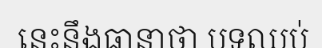
នេះនឹងធានាថា បទឈប់